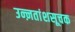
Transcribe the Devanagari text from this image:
उन्ऩतांशसूचक